King Institute of Preventive Medicine Micro-Biological Section reports 1909-11
Year: 1909
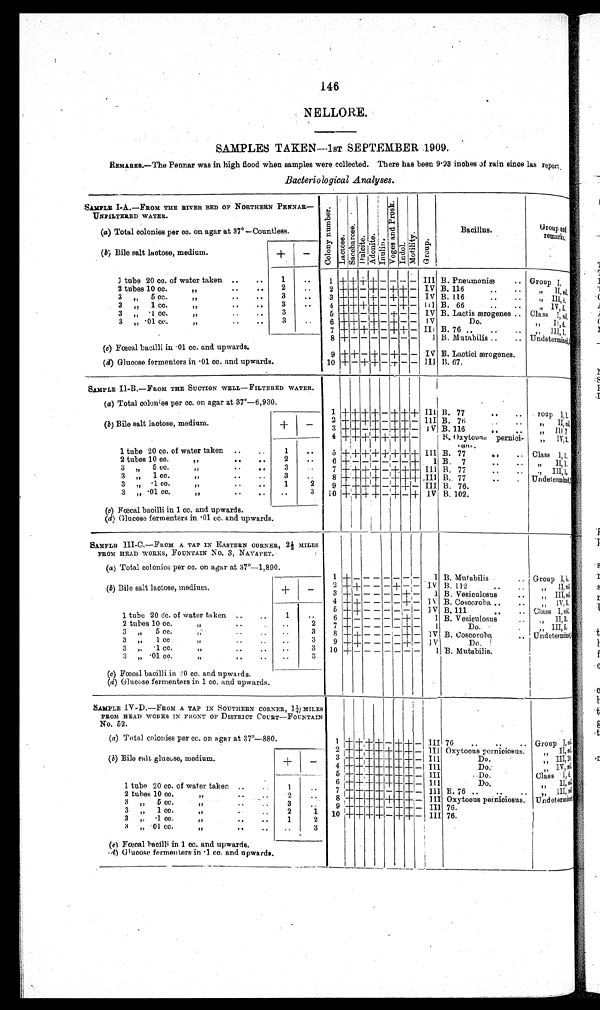
146
NELLORE.
SAMPLES TAKEN—1ST SEPTEMBER 1909.
REMARKS.—The Pennar was in high flood when samples were collected. There has been 9.93 inches of rain since last report.
Bacteriological Analyses.
SAMPLE I-A.—FROM THE RIVER BED OF NORTHERN PENNAR—
UNFILTERED WATER.
C o l o n y n u m b e r . L a c t o s e . S a c c h a r o s e . Dulcite. A d o n i t e .
Inulin.
V o g e s a n d P r o s k . Indol.
M o t i l i t y .
Group.
Bacillus.
Group and
remarks.
(a) Total colonies per cc. on agar at 37° —Countless.
(b) Bile salt lactose, medium.
+
-
1 tube 20 cc. of water taken .. ..
1
..
1 + + + + - - - - III B. Pneumoniæ
.. Group I .
2 tubes 10 cc.
„
.. ..
2
2 + + - + - + + - IV B. 116
.. ..
, ,
I I ,
n i l .
3 ,, 5 cc. ,, .. ..
3
3 + + - + - + + - IV B. 116
..
, ,
I I I , 4 .
3 „ 1 cc. ,, ..
3
..
4 + + + + - - + - IV B. 66
.. ...
„
I V , 5 .
3 „ . 1 c c .
, ,
3
5 + + - + - + - - IV B. Lactis ærogenes
Class I ,
n i l .
3 „ .01 cc.
„
..
..
3
6 + + - + — + - - Iv
Do. . .
. .
, ,
I I , 6 .
7 + + + + - + + - III B. 76 ..
..
, ,
I I I , 1 .
8 + - - - - - - - I B. Mutabilis ..
.. Undetermined, 3.
(c) Fœcal bacilli in .01 cc. and upwards.
9
+ + — + — + - - IV B. Lactici ærogenes.
(d) Glucose fermenters in .01 cc. and upwards.
10 + - + + — + - - III B. 67.
SAMPLE II-B.—FROM THE SUCTION WELL—FILTERED WATER.
(a) Total colonies per cc. on agar at 37°—6,930.
1 + + + + - + + + III. B. 77
..
..
G r o u p
I , 1 .
(b) Bile salt lactose, medium.
+
-
2 + + + + — + + — III B. 76
.. ..
, ,
I I ,
n i l .
3 + + - + - + + - IV B. 116
..
.. „ I I I 7
4 + + + + + + + -
B. Oxytocus pernici-osus
, ,
I V , 2 .
1 tube 20 cc. of water taken ..
..
1
5
+ + + + + + + + III
B. 77
.. ..
Class I , 1 .
2 tubes 10 cc.
„
.. ..
2
6 + - - - - - - + I B. 7
.. ..
, , I I , 1 .
3 „ 5 cc.
„
3
7 + + + + - + + + III B. 77
..
..
I I I , 1 .
3 „ 1 cc.
„
..
..
3
8 + +++ + - + + + III B. 77
..
. Undetermined, 3.
3 „ .1 cc.
„
.. ..
1
2
9 + + + + - + + — III B. 76.
3 „ .01 cc. ,,
..
3 10 + ++ + + — + - + IV B. 102.
(c) Fœcal bacilli in 1 cc. and upwards.
(d) Glucose fermenters in .01 cc. and upwards.
SAMPLE III-C.—FROM A TAP IN EASTERN CORNER, 2 ½ M I L E S
FROM HEAD WORKS, FOUNTAIN No. 3, NAVAPET.
(a ) Total colonies per cc. on agar at 37°—1,890.
1 + - - — - - - - I B. Mutabilis
Group I , 5 .
(b) Bile salt lactose, medium.
+
-
2 + + - - - + - - IV B. 112
..
, , I I ,n
i l .
3 + — - - — — + - I B. Vesiculosus ..
, ,
I I I ,
n i l .
4 + + - - - - + - IV B. Coscoroba ..
..
, ,
I V , 5 .
5 + + - - - - - - IV B. 111
.. Class I, n i l .
1 tube 20 cc. of water taken ..
1
6 + — - - - - + - I B. Vesiculosus ..
, , I I , 3 .
2 tubes 10 cc.
,,
..
2 7 + - - - - - + - I
Do. .
„ III, 5.
3 „ 5 cc.
,, .. ..
3
8 + + - - - - + - IV B. Coscoroba
.. Undetermined
3 „ 1 cc. ,, ..
..
3
9 + + - - - - + - IV
Do.
3
,, .1 cc. ,, ..
..
3 10 + - - - - - - - I B. Mutabilis.
3 „ .01 cc. ,, .. ..
..
3
(c) Fœcal bacilli in 20 cc. and upwards.
(d) Glucose fermenters in 1 cc. and upwards.
SAMPLE IV-D.—FROM A TAP IN SOUTHERN CORNER, 1¼; MILES
FROM HEAD WORKS IN FRONT OF DISTRICT COURT—FOUNTAIN
No. 52.
(a) Total colonies per cc. on agar at 37°—880.
1 +
+ + + - + + - III 76
..
..
.. Group I ,
n i l .
2 + + + + + + + - III Oxytocus Perniciosus.
„ II,n i l .
(b) Bile salt glucose, medium.
+
-
3 ++++ + + + + + - III
Do.
, ,
I I I , 1 0 .
4 + + + + + + + - III
Do.
, , I V ,
n i l .
5 + + + + + + + - III
D o .
Class I , 6 .
6 + + + + + + + - III
Do
.
, , I I ,
n i l .
1 tube 20 cc. of water taken ..
..
1
7
+ + + + - + + - III B. 76
..
..
, , I I I ,
n i l .
2 tubes 10 cc.
, ,
2
8 + + + + + + + - III Oxytocus perniciosus. Undetermined.
3 „ 5 cc. ,,
3
9
+ + + + - + + - III 76.
3 ,, 1 cc. ,,
2
1 10 + + + + - + + - III 76.
3 ,, .1 cc. ,,
1
2
3 „ .01 cc. ,, ..
3
(c) Fœcal bacilli in 1 cc. and upwards.
(d) Glucose fermenters in .1 cc. and upwards.